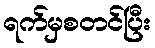
ရက်မှစတင်ပြီး